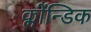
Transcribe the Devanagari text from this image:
क्लोंन्डिक